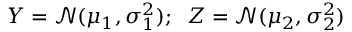
Y = \mathcal { N } ( \mu _ { 1 } , \sigma _ { 1 } ^ { 2 } ) ; \; \; Z = \mathcal { N } ( \mu _ { 2 } , \sigma _ { 2 } ^ { 2 } )